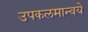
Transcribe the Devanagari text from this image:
उपकलमान्वये